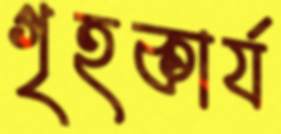
গৃহকার্য